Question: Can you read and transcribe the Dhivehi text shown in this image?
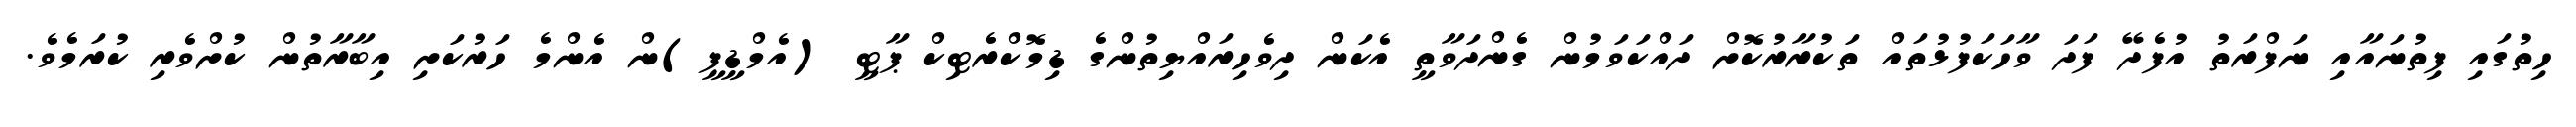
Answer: ހިތުގައި ފިތުނައާއި ނަފްރަތު އުފެދޭ ފަދަ ވާހަކަފުޅުތައް ތަކުރާރުކޮށް ދައްކަވަމުން ގެންދަވާތީ އެކަން ދިވެހިރައްޔިތުންގެ ޑިމޮކްރެޓިކް ޕާޓީ (އެމްޑީޕީ)ން އެންމެ ހަރުކަށި އިބާރާތުން ކުށްވެރި ކުރަމެވެ.